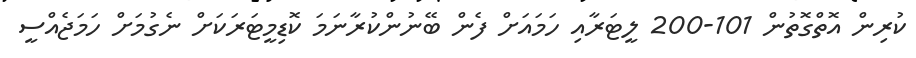
ކުރިން އޮތްގޮތުން 101-200 ލީޓަރާއި ހަމައަށް ފެން ބޭނުންކުރާނަމަ ކޮޑިމީޓަރަކަށް ނެގުމަށް ހަމަޖެއްސީ